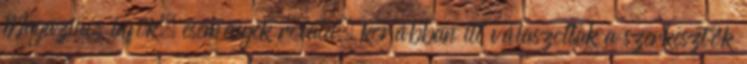
Magazinos infók, események rovata, korábban itt válaszoltak a szerkesztők